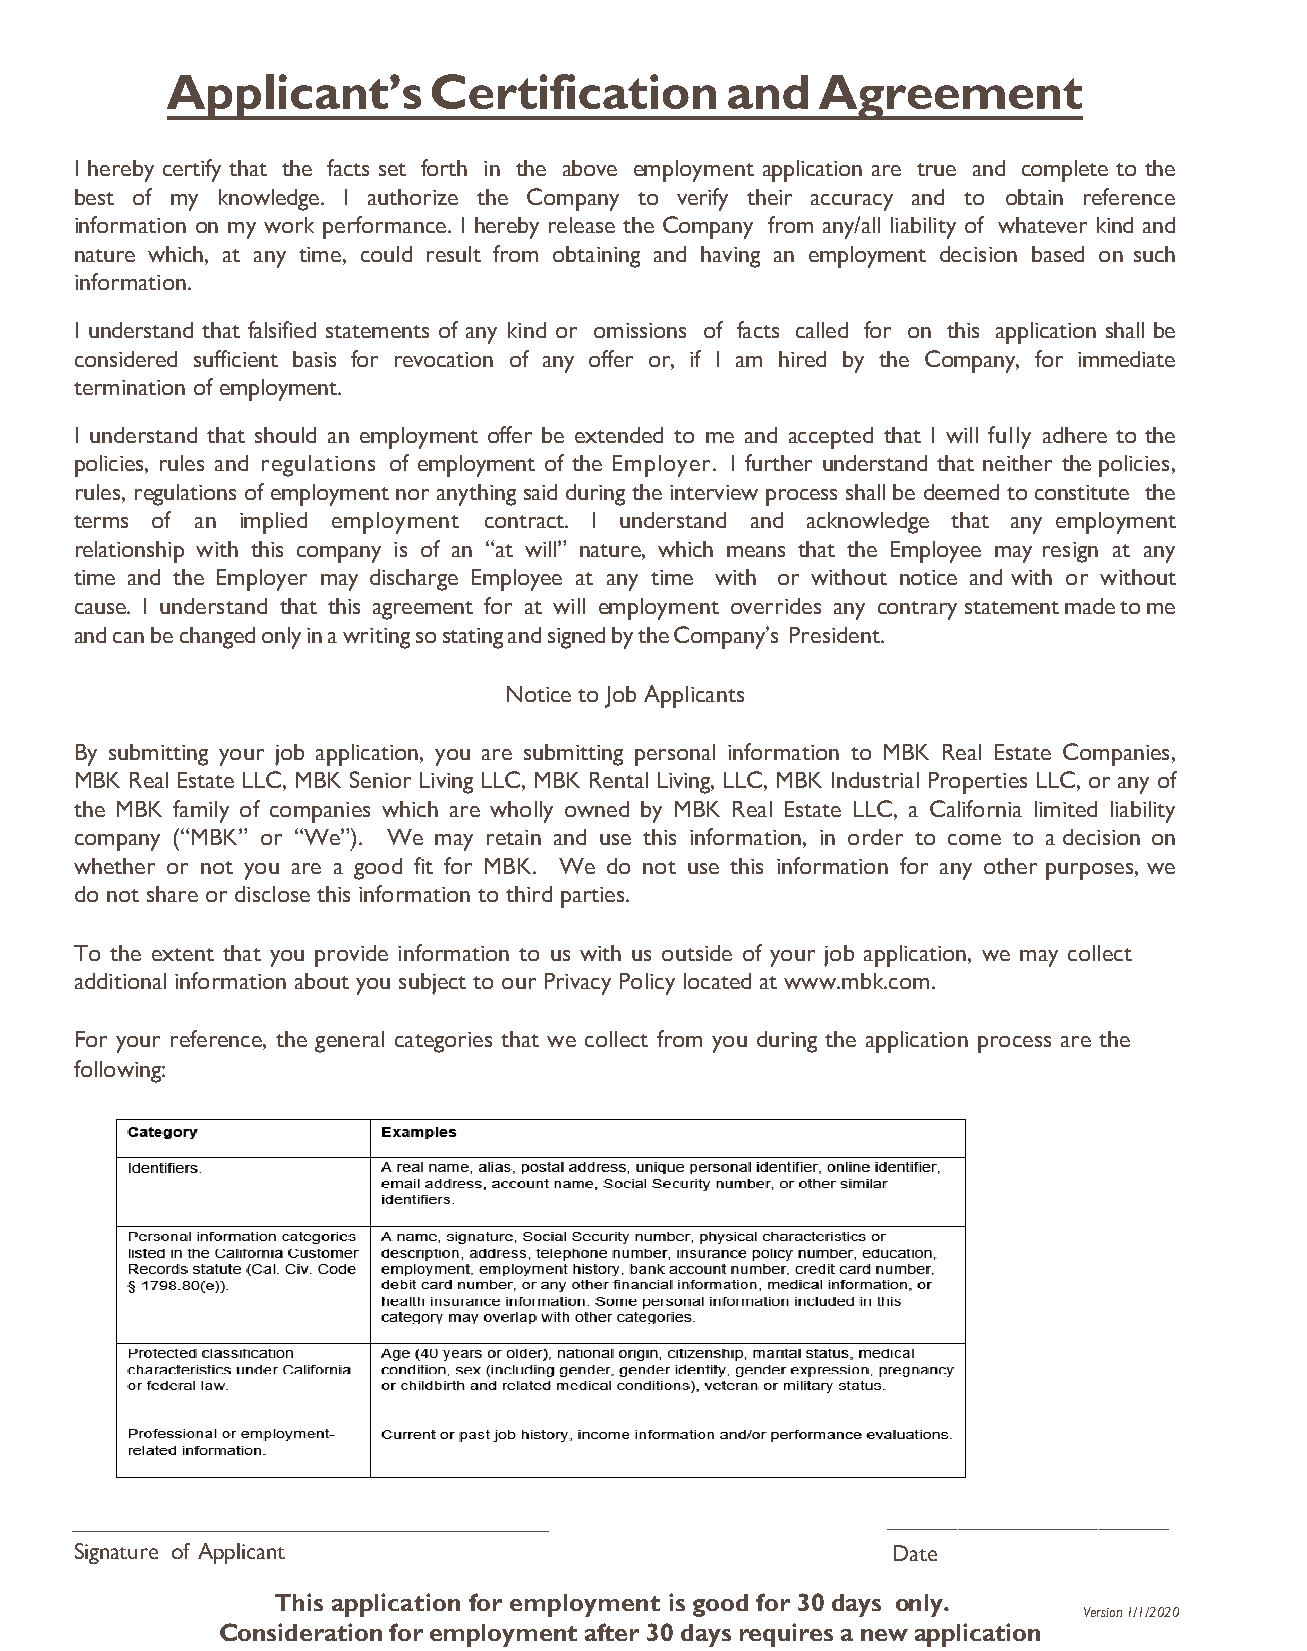
Applicant’s      Certification       and   Agreement
 I hereby certify that the facts set forth in the above employment application are true and complete to the
 best of my knowledge. I authorize the Company to verify their accuracy and to obtain reference
 information on my work performance. I hereby release the Company from any/all liability of whatever kind and
 nature which, at any time, could result from obtaining and having an employment decision based on such
 information.
 I understand that falsified statements of any kind or omissions of facts called for on this application shall be
 considered sufficient basis for revocation of any offer or, if I am hired by the Company, for immediate
 termination of employment.
 I understand that should an employment offer be extended to me and accepted that I will fully adhere to the
 policies, rules and regulations of employment of the Employer. I further understand that neither the policies,
 rules, regulations of employment nor anything said during the interview process shall be deemed to constitute the
 terms of an implied employment contract. I understand and acknowledge that any employment
 relationship with this company is of an “at will” nature, which means that the Employee may resign at any
 time and the Employer may discharge Employee at any time with or without notice and with or without
 cause. I understand that this agreement for at will employment overrides any contrary statement made to me
 and can be changed only in a writing so stating and signed by the Company’s President.
 Notice to Job Applicants
 By submitting your job application, you are submitting personal information to MBK Real Estate Companies,
 MBK Real Estate LLC, MBK Senior Living LLC, MBK Rental Living, LLC, MBK Industrial Properties LLC, or any of
 the MBK family of companies which are wholly owned by MBK Real Estate LLC, a California limited liability
 company (“MBK” or “We”). We may retain and use this information, in order to come to a decision on
 whether or not you are a good fit for MBK. We do not use this information for any other purposes, we
 do not share or disclose this information to third parties.
 To the extent that you provide information to us with us outside of your job application, we may collect
 additional information about you subject to our Privacy Policy located at www.mbk.com.
 For your reference, the general categories that we collect from you during the application process are the
 following:
 ________________________________________              ____________________
 Signature of Applicant                                Date
 This application for employment is good for 30 days only.
 Version 1/1/2020
 Consideration for employment after 30 days requires a new application